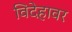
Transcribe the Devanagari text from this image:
विदेहावर